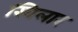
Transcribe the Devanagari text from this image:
खिलार